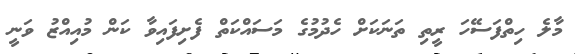
މާލެ ހިތްފަސޭހަ ރީތި ތަނަކަށް ހެދުމުގެ މަސައްކަތް ފެށިފައިވާ ކަން މުއިއްޒު ވަނީ